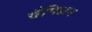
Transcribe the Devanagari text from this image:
चैंपिअन